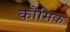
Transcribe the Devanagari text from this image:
कौमिक